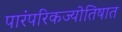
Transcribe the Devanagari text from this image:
पारंपरिकज्योतिषात